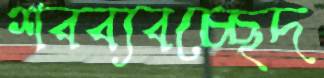
শবব্যবচ্ছেদ